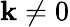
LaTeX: \mathbf{k}\ne0